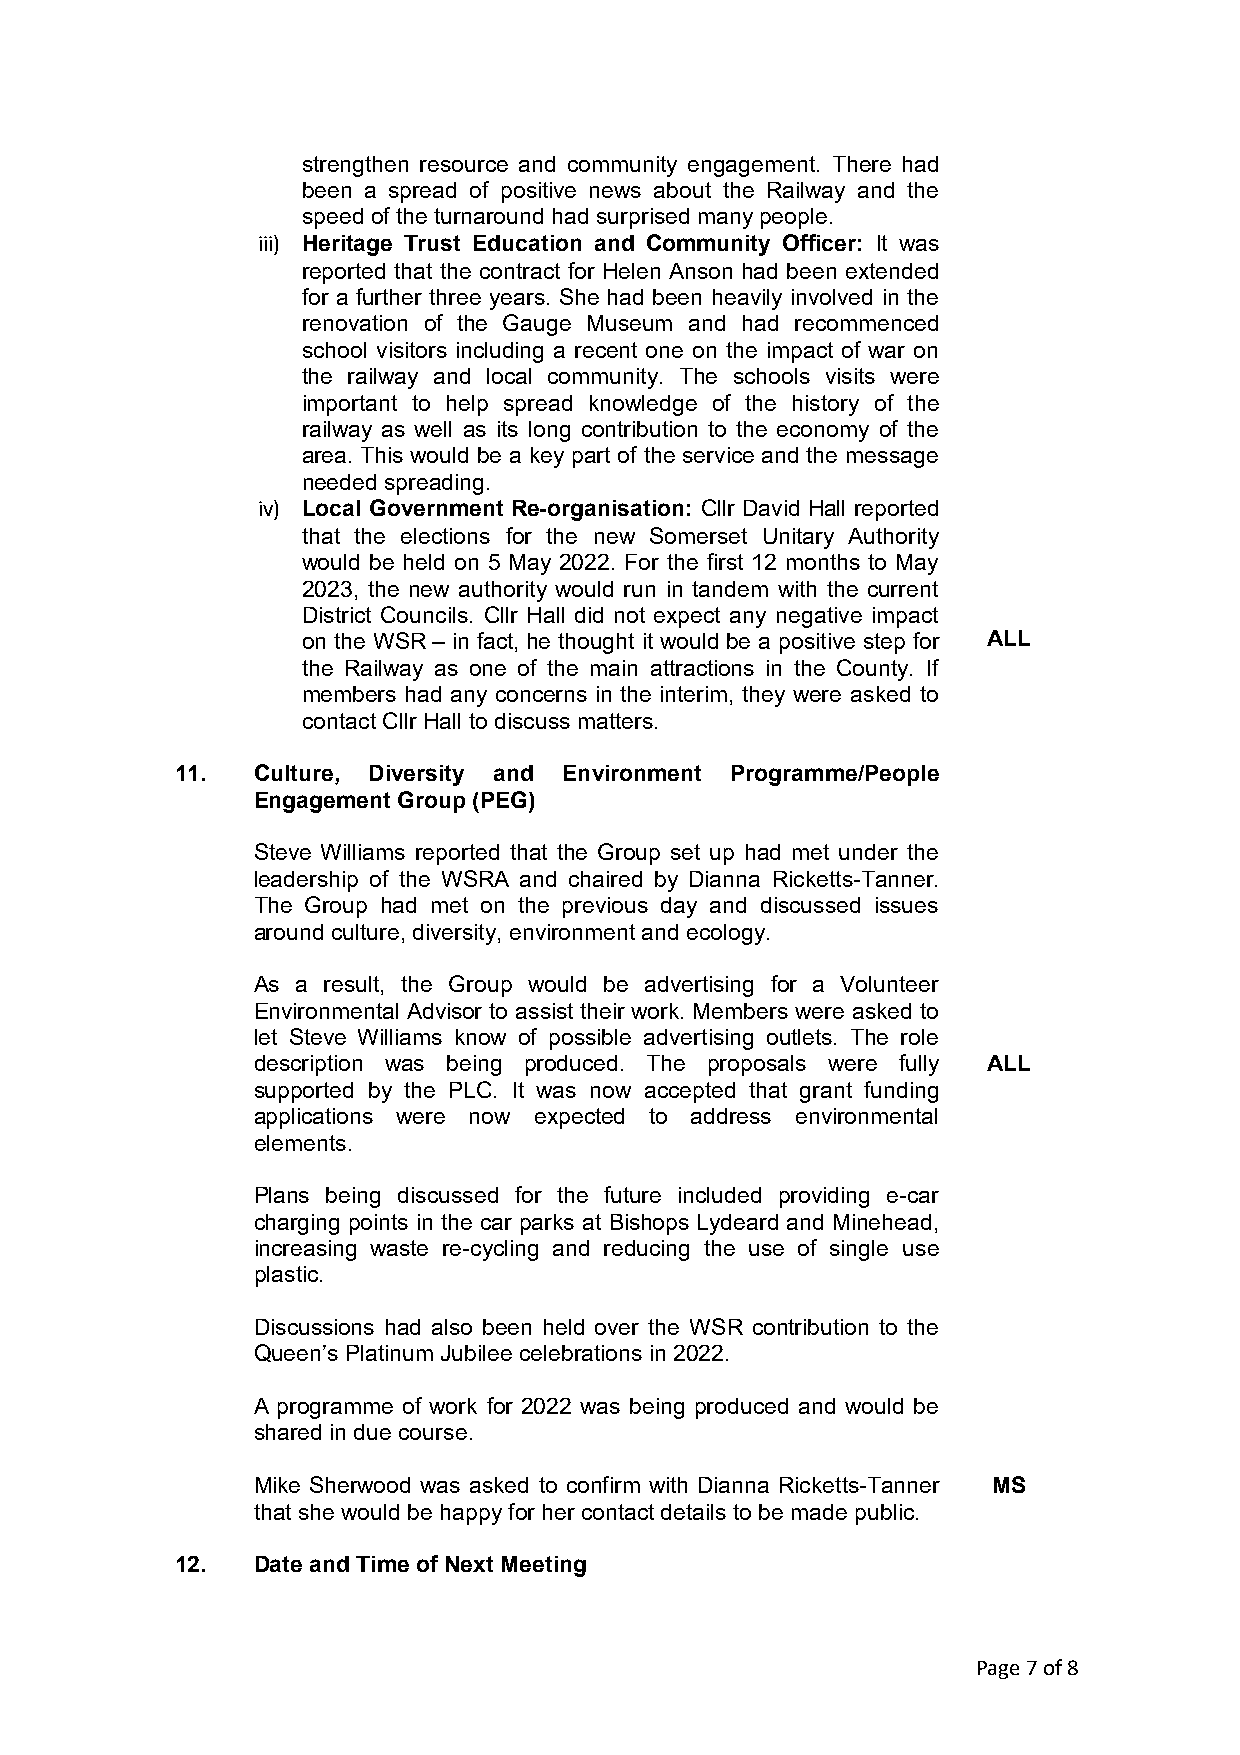
strengthen resource and community engagement. There had
 been a spread of positive news about the Railway and the
 speed of the turnaround had surprised many people.
 iii) Heritage Trust Education and Community Officer: It was
 reported that the contract for Helen Anson had been extended
 for a further three years. She had been heavily involved in the
 renovation of the Gauge Museum and had recommenced
 school visitors including a recent one on the impact of war on
 the railway and local community. The schools visits were
 important to help spread knowledge of the history of the
 railway as well as its long contribution to the economy of the
 area. This would be a key part of the service and the message
 needed spreading.
 iv) Local Government Re-organisation: Cllr David Hall reported
 that the elections for the new Somerset Unitary Authority
 would be held on 5 May 2022. For the first 12 months to May
 2023, the new authority would run in tandem with the current
 District Councils. Cllr Hall did not expect any negative impact
 on the WSR – in fact, he thought it would be a positive step for ALL
 the Railway as one of the main attractions in the County. If
 members had any concerns in the interim, they were asked to
 contact Cllr Hall to discuss matters.
 11.  Culture, Diversity and Environment Programme/People
 Engagement Group (PEG)
 Steve Williams reported that the Group set up had met under the
 leadership of the WSRA and chaired by Dianna Ricketts-Tanner.
 The Group had met on the previous day and discussed issues
 around culture, diversity, environment and ecology.
 As a result, the Group would be advertising for a Volunteer
 Environmental Advisor to assist their work. Members were asked to
 let Steve Williams know of possible advertising outlets. The role
 description was being produced. The proposals were fully ALL
 supported by the PLC. It was now accepted that grant funding
 applications were now expected to address environmental
 elements.
 Plans being discussed for the future included providing e-car
 charging points in the car parks at Bishops Lydeard and Minehead,
 increasing waste re-cycling and reducing the use of single use
 plastic.
 Discussions had also been held over the WSR contribution to the
 Queen’s Platinum Jubilee celebrations in 2022.
 A programme of work for 2022 was being produced and would be
 shared in due course.
 Mike Sherwood was asked to confirm with Dianna Ricketts-Tanner MS
 that she would be happy for her contact details to be made public.
 12.  Date and Time of Next Meeting
 Page 7 of 8